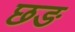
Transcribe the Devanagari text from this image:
छङ